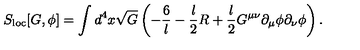
S _ { \mathrm { l o c } } [ G , \phi ] = \int d ^ { 4 } x \sqrt { G } \left( - \frac { 6 } { l } - { \frac { l } { 2 } } R + { \frac { l } { 2 } } G ^ { \mu \nu } \partial _ { \mu } \phi \partial _ { \nu } \phi \right) .